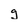
Character: g